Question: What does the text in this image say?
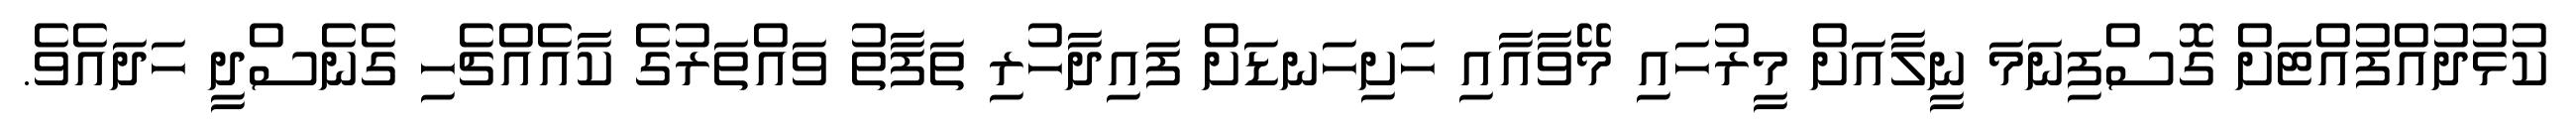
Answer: ކުޅުދުއްފުއްޓަށް ގޮސްފިނަމަ ނީލާއަށް މީރުހައި މޭވާއާއި ހަށިހަނޑަށް ފައިދާހުރި ތަފާތު ވައްތަރުގެ ކާއެއްޗެހި ގެނެސްދީ ހަދައެވެ.